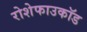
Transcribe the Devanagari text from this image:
रोशेफाउकॉड